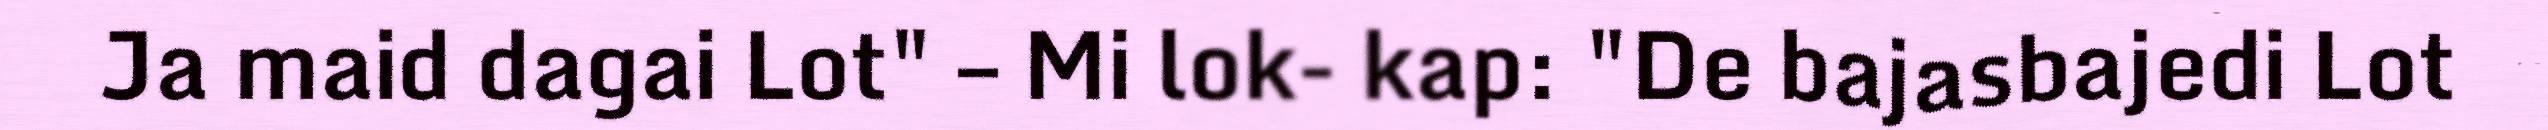
Ja maid dagai Lot" – Mi lok- kap: "De bajasbajedi Lot